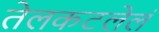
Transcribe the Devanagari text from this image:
तेलकटलेलं